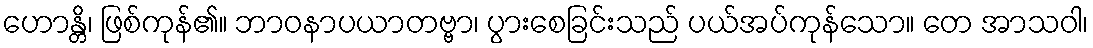
ဟောန္တိ၊ ဖြစ်ကုန်၏။ ဘာဝနာပယာတဗ္ဗာ၊ ပွားစေခြင်းသည် ပယ်အပ်ကုန်သော။ တေ အာသဝါ၊